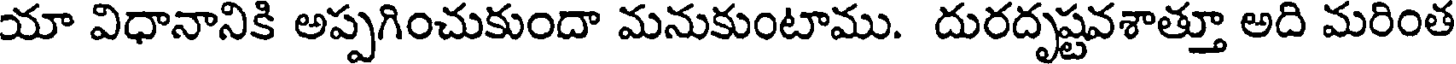
యా విధానానికి అప్పగించుకుందా మనుకుంటాము. దురదృష్టవశాత్తూ అది మరింత